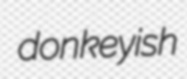
donkeyish